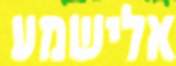
אלישמע